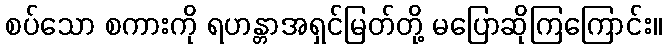
စပ်သော စကားကို ရဟန္တာအရှင်မြတ်တို့ မပြောဆိုကြကြောင်း။